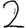
Digit: 2